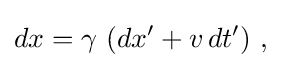
dx=\gamma \ (dx'+v\,dt')\ ,\